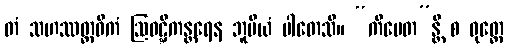
တံ သဟဿတ္ထဝိကံ ဩဝဋ္ဋိကန္တရေန ဘူမိယံ ပါတေသိ။ “ကိမေတ”န္တိ စ ဝုတ္တေ